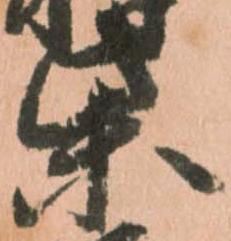
柴